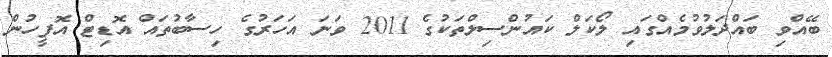
ބޭއްވި ބައްދަލުވުމެއްގައި ލޯކަލް ކައުންސިލްތަކުގެ 2011 ވަނަ އަހަރުގެ ހިސާބުތައް އޮޑިޓް އޮފީހުން